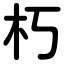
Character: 朽